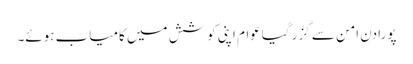
پورا دن امن سے گزر گیاعوام اپنی کوشش میں کامیاب ہوئے۔